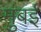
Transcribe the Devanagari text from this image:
मुंंबई